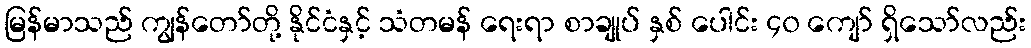
မြန်မာသည် ကျွန်တော်တို့ နိုင်ငံနှင့် သံတမန် ရေးရာ စာချုပ် နှစ် ပေါင်း ၄၀ ကျော် ရှိသော်လည်း